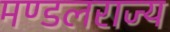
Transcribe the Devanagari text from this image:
मण्डलराज्य